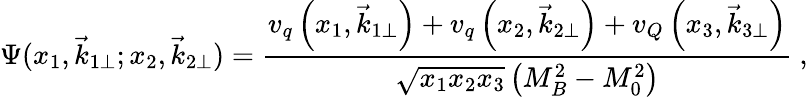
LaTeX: \Psi(x_{1},\vec{k}_{1\perp};x_{2},\vec{k}_{2\perp})=\frac{v_{q}\left(x_{1},\vec{k}_{1\perp}\right)+v_{q}\left(x_{2},\vec{k}_{2\perp}\right)+v_{Q}\left(x_{3},\vec{k}_{3\perp}\right)}{\sqrt{x_{1}x_{2}x_{3}}\left(M_{B}^{2}-M_{0}^{2}\right)}\ ,